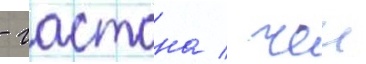
- гастона / чеи